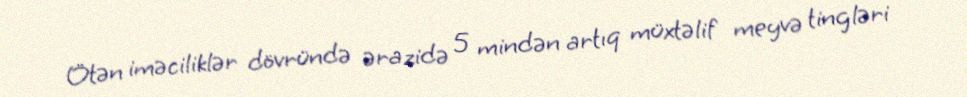
Ötən iməciliklər dövründə ərazidə 5 mindən artıq müxtəlif meyvə tingləri